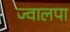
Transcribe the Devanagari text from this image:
ज्वालपा